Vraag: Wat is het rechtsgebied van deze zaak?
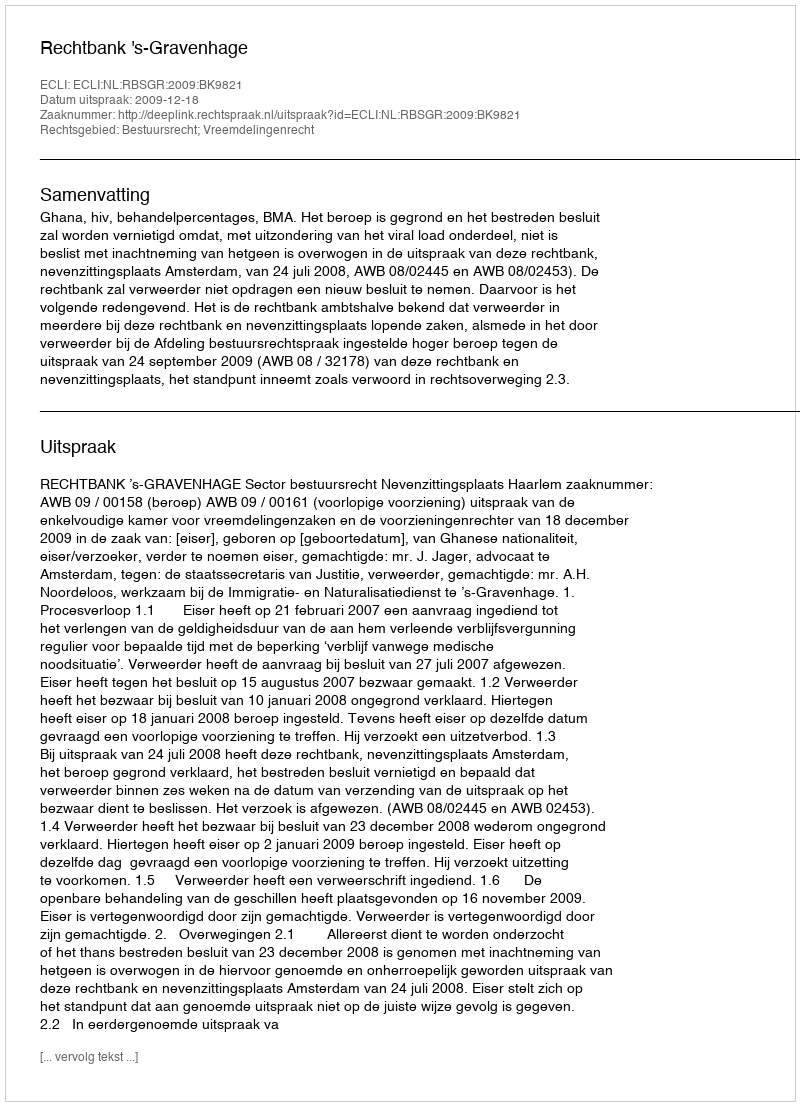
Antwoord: Bestuursrecht; Vreemdelingenrecht